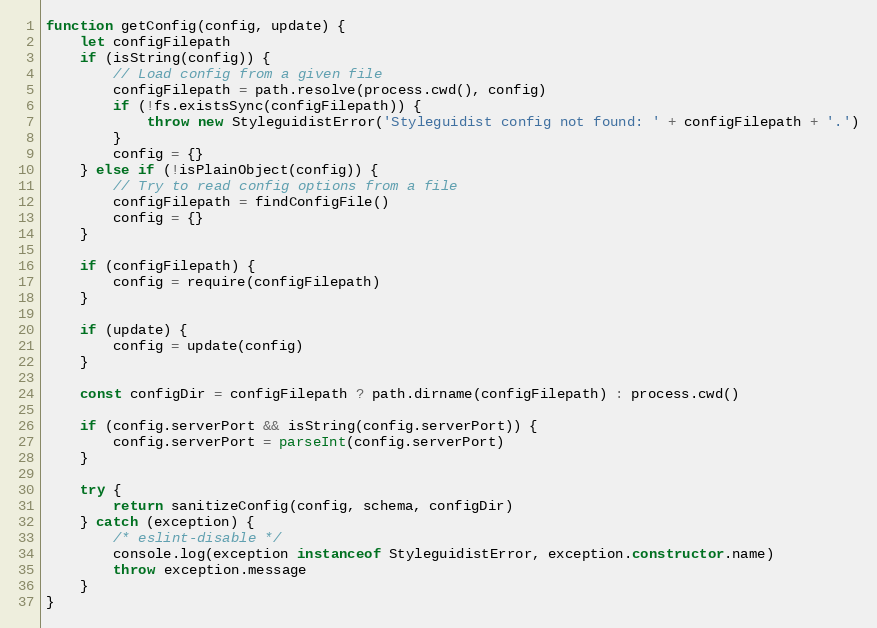
Language: JavaScript
function getConfig(config, update) {
	let configFilepath
	if (isString(config)) {
		// Load config from a given file
		configFilepath = path.resolve(process.cwd(), config)
		if (!fs.existsSync(configFilepath)) {
			throw new StyleguidistError('Styleguidist config not found: ' + configFilepath + '.')
		}
		config = {}
	} else if (!isPlainObject(config)) {
		// Try to read config options from a file
		configFilepath = findConfigFile()
		config = {}
	}

	if (configFilepath) {
		config = require(configFilepath)
	}

	if (update) {
		config = update(config)
	}

	const configDir = configFilepath ? path.dirname(configFilepath) : process.cwd()

	if (config.serverPort && isString(config.serverPort)) {
		config.serverPort = parseInt(config.serverPort)
	}

	try {
		return sanitizeConfig(config, schema, configDir)
	} catch (exception) {
		/* eslint-disable */
		console.log(exception instanceof StyleguidistError, exception.constructor.name)
		throw exception.message
	}
}